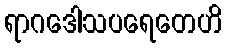
ရာဂဒေါသပရေတေဟိ